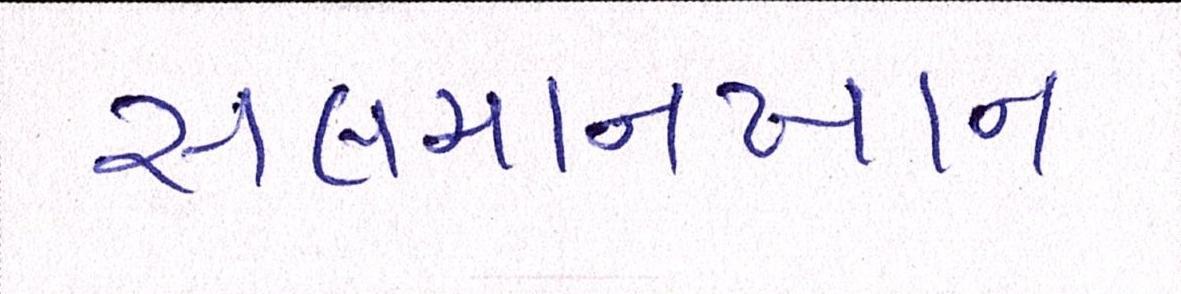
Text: સલમાનખાન